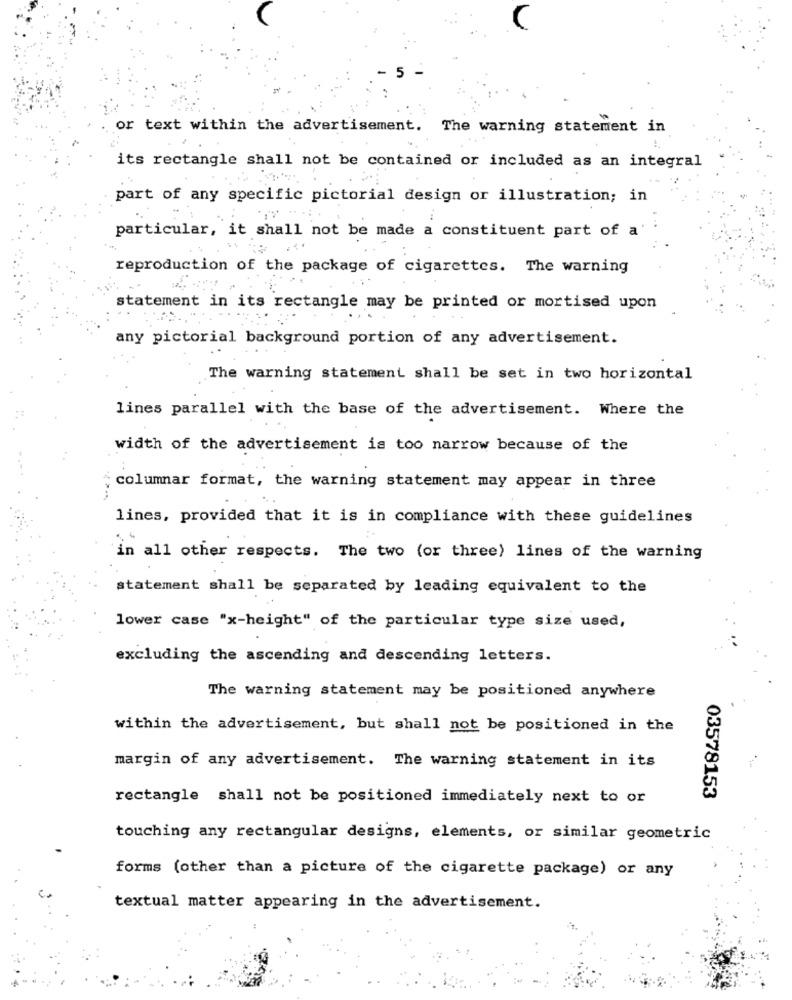
or text within the advertisement. The warning statement in
its rectangle shall not be contained or included as an integral
part of any specific pictorial design or illustration; in
particular, it shall not be made a constituent part of a
reproduction of the package of cigarettes. The warning
statement in its rectangle may be printed or mortised upon
any pictorial background portion of any advertisement.
The warning statement shall be set in two horizontal
lines parallel with the base of the advertisement. Where the
width of the advertisement is too narrow because of the
columnar format, the warning statement may appear in three
lines, provided that it is in compliance with these guidelines
in all other respects. The two (or three) lines of the warning
statement shall be separated by leading equivalent to the
lower case "x-height" of the particular type size used,
excluding the ascending and descending letters.
The warning statement may be positioned anywhere
within the advertisement, but shall not be positioned in the
margin of any advertisement. The warning statement in its
rectangle shall not be positioned immediately next to or
03578153
touching any rectangular designs, elements, or similar geometric
forms (other than a picture of the cigarette package) or any
textual matter appearing in the advertisement.